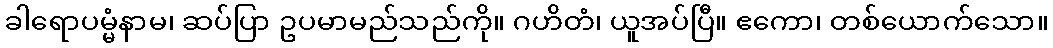
ခါရောပမ္မံနာမ၊ ဆပ်ပြာ ဥပမာမည်သည်ကို။ ဂဟိတံ၊ ယူအပ်ပြီ။ ဧကော၊ တစ်ယောက်သော။